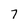
Character: 7